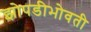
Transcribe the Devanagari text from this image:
झोपडीभोवती